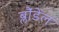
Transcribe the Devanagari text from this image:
ब्लौंडेल